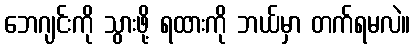
ဘေဂျင်းကို သွားဖို့ ရထားကို ဘယ်မှာ တက်ရမလဲ။